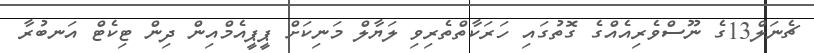
ޗެނަލް13ގެ ނޫސްވެރިއެއްގެ ގޮތުގައި ހަރަކާތްތެރިވި ލަޔާލް މަނިކަށް ޕީޕީއެމްއިން ދިން ޓިކެޓް އަނބުރާ